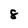
Character: 8